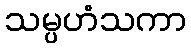
သမ္ပဟံသကာ